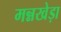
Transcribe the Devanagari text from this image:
मन्नखेड़ा